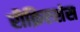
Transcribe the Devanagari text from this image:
रीक्रिएशंस